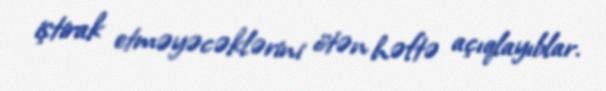
iştirak etməyəcəklərini ötən həftə açıqlayıblar.